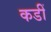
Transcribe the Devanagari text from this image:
कडीं